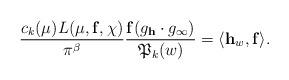
LaTeX: \begin{align*}\frac{c_k(\mu)L(\mu,\mathbf{f},\chi)}{\pi^{\beta}}\frac{\mathbf{f}(g_{\mathbf{h}}\cdot g_{\infty})}{\mathfrak{P}_k(w)}=\langle\mathbf{h}_w,\mathbf{f}\rangle.\end{align*}